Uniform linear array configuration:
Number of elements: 48
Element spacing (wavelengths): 0.75
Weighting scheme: hamming
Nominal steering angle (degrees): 0
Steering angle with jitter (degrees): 0.8731
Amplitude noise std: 0.05
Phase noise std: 0.05

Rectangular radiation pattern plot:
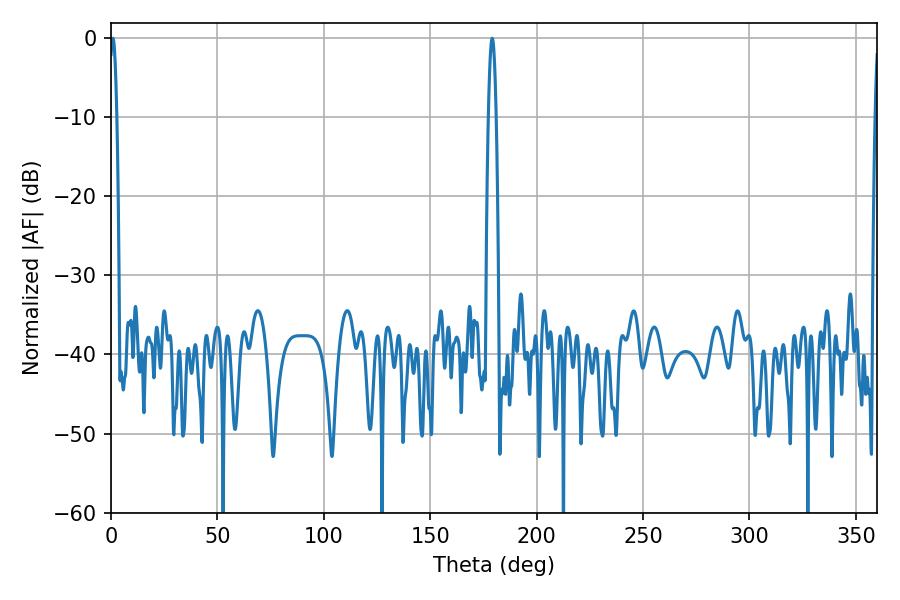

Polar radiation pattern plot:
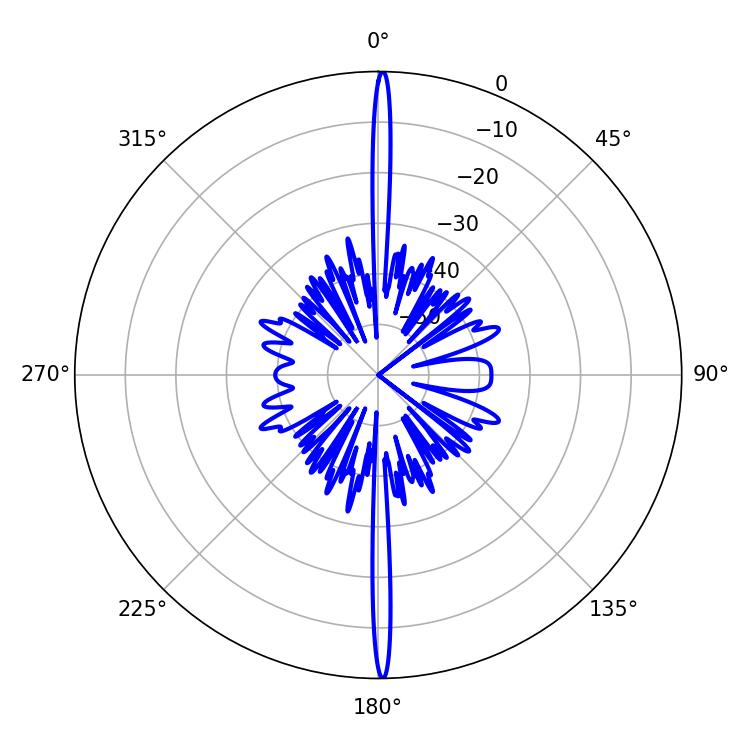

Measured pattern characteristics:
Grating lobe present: TRUE
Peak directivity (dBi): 32.267
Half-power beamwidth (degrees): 1.8
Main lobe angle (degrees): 0.9